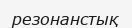
резонанстық